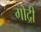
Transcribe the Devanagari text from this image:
गोद्री